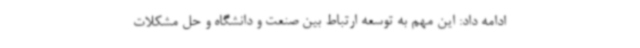
ادامه داد: این مهم به توسعه ارتباط بین صنعت و دانشگاه و حل مشکلات